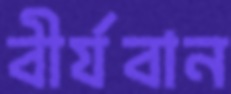
বীর্যবান